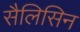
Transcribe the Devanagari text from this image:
सैलिसिन